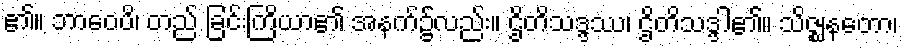
၏။ ဘာဝေပိ၊ တည် ခြင်းကြိယာ၏ အနက်၌လည်း။ ဌိတိသဒ္ဒဿ၊ ဌိတိသဒ္ဒါ၏။ သိဇ္ဈနတော၊